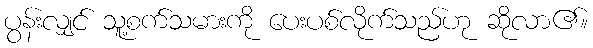
ပွန်းလျှင် သူ့စက်သမားကို ပေးပစ်လိုက်သည်ဟု ဆိုလာ၏။